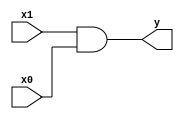
`default_nettype none

module bitwise_and(
  input wire [3:0] x0,
  input wire [3:0] x1,
  output wire [3:0] y
);

  assign y = x1 & x0; // bitwise 'AND' operation

endmodule